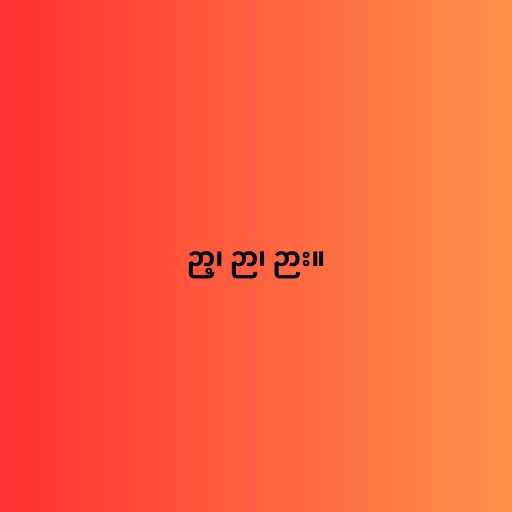
ဉာ့၊ ဉာ၊ ဉား။